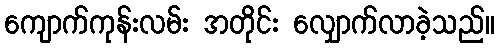
ကျောက်ကုန်းလမ်း အတိုင်း လျှောက်လာခဲ့သည်။